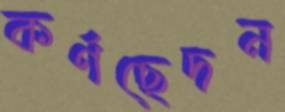
কর্ণছেদন